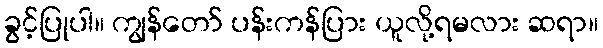
ခွင့်ပြုပါ။ ကျွန်တော် ပန်းကန်ပြား ယူလို့ရမလား ဆရာ။